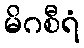
မိဂစီရံ